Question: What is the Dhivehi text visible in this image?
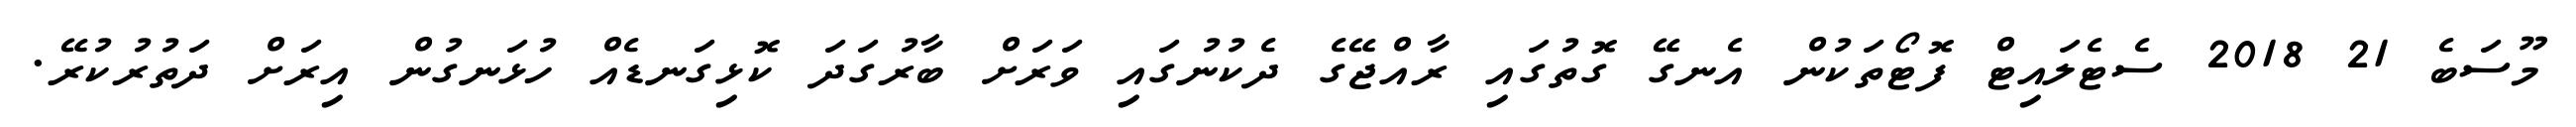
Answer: މޫސަބެ 21 2018 ސެޓެލައިޓް ފޮޓޯތަކުން އެނގޭ ގޮތުގައި ރާއްޖޭގެ ދެކުނުގައި ވަރަށް ބާރުގަދަ ކޮޅިގަނޑެއް ހުޅަނގުން އިރަށް ދަތުރުކުރޭ.